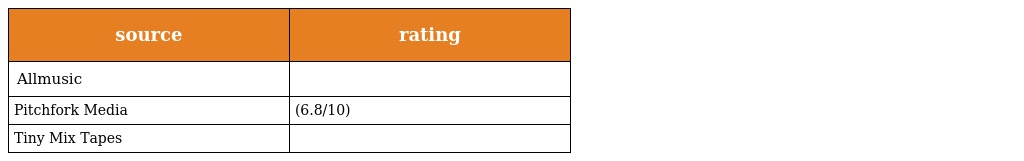
| source | rating |
 | --- | --- |
 | Allmusic |  |
 | Pitchfork Media | (6.8/10) |
 | Tiny Mix Tapes |  |